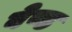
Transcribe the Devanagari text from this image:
बेण्ड